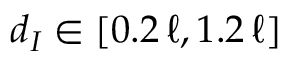
d _ { I } \in [ 0 . 2 \, \ell , 1 . 2 \, \ell ]